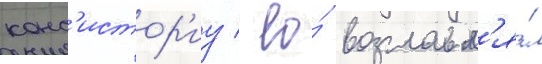
конс'истор'иу / ео́ возглавл'я́л